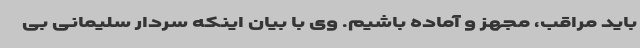
باید مراقب، مجهز و آماده باشیم. وی با بیان اینکه سردار سلیمانی بی